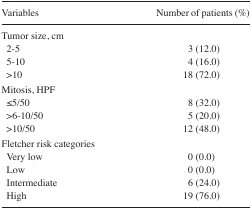
<table><thead><tr><td><b>Variables</b></td><td><b>Number of patients (%)</b></td></tr></thead><tbody><tr><td>Tumor size, cm</td><td></td></tr><tr><td>2–5</td><td>3 (12.0)</td></tr><tr><td>5–10</td><td>4 (16.0)</td></tr><tr><td>&gt;10</td><td>18 (72.0)</td></tr><tr><td>Mitosis, HPF</td><td></td></tr><tr><td>≤5/50</td><td>8 (32.0)</td></tr><tr><td>&gt;6–10/50</td><td>5 (20.0)</td></tr><tr><td>&gt;10/50</td><td>12 (48.0)</td></tr><tr><td>Fletcher risk categories</td><td></td></tr><tr><td>Very low</td><td>0 (0.0)</td></tr><tr><td>Low</td><td>0 (0.0)</td></tr><tr><td>Intermediate</td><td>6 (24.0)</td></tr><tr><td>High</td><td>19 (76.0)</td></tr></tbody></table>